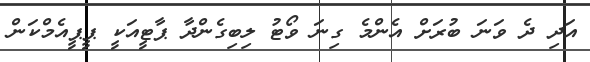
އަދި ދެ ވަނަ ބުރަށް އެންމެ ގިނަ ވޯޓު ލިބިގެންދާ ޕާޓީއަކީ ޕީޕީއެމްކަން